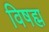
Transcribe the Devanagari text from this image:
विषह्म